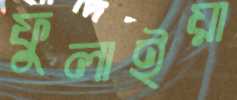
ফুলাইয়া